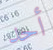
أحد